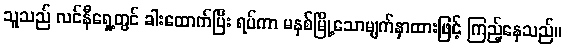
သူသည် လင်နီရှေ့တွင် ခါးထောက်ပြီး ရပ်ကာ မနှစ်မြို့သောမျက်နှာထားဖြင့် ကြည့်နေသည်။